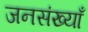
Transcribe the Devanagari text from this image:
जनसंख्याँ